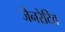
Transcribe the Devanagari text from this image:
जैनरेटिव